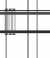
١١٣